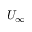
U _ { \infty }